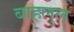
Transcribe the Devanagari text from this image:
बाहलुल